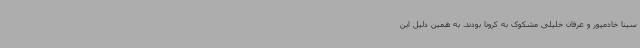
سینا خادمپور و عرفان خلیلی مشکوک به کرونا بودند. به همین دلیل این